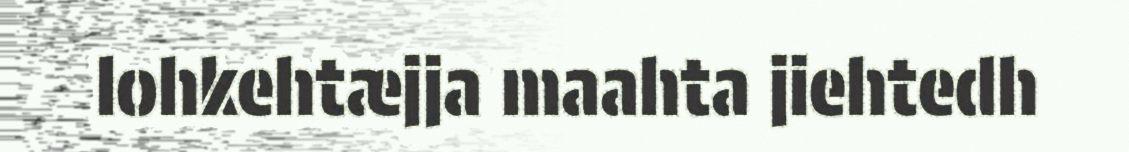
lohkehtæjja maahta jiehtedh